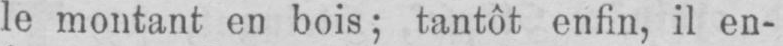
le montant en bois; tantôt enfin, il en-